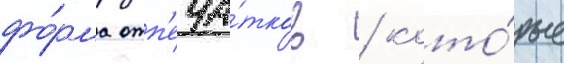
фо́рма отп'еча́тков / кото́рые